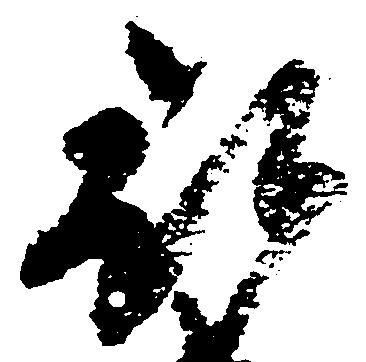
被